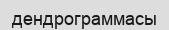
дендрограммасы